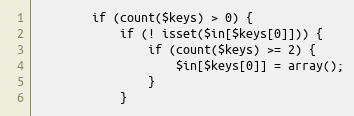
Language: PHP
        if (count($keys) > 0) {
            if (! isset($in[$keys[0]])) {
                if (count($keys) >= 2) {
                    $in[$keys[0]] = array();
                }
            }